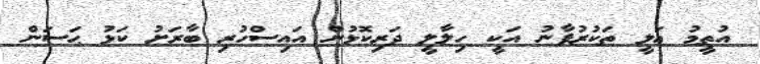
އުތީމު ޢަލީ ތަކުރުފާނު އަކީ ހިލާލީ ދަރިކޮޅުން އައިސްހުރި ބާރަށު ކަޅު ޙަސަން